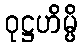
ဝုဋ္ဌဟိမ္ပိ